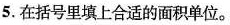
5. 在括号里填上合适的面积单位。